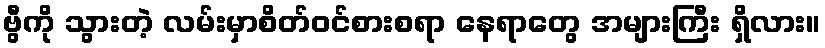
ဗွီကို သွားတဲ့ လမ်းမှာစိတ်ဝင်စားစရာ နေရာတွေ အများကြီး ရှိလား။